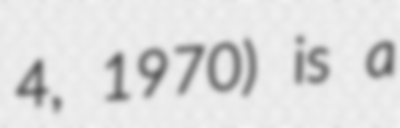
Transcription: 4, 1970) is a